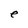
Character: e